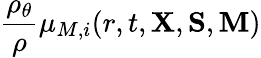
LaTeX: \frac{\rho_{\theta}}{\rho}\mu_{M,i}(r,t,{\mathbf X},{\mathbf S},{\mathbf M})